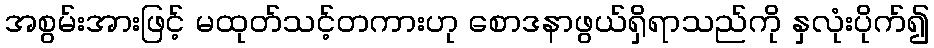
အစွမ်းအားဖြင့် မထုတ်သင့်တကားဟု စောဒနာဖွယ်ရှိရာသည်ကို နှလုံးပိုက်၍